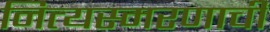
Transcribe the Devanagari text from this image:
नित्यस्मरणाची